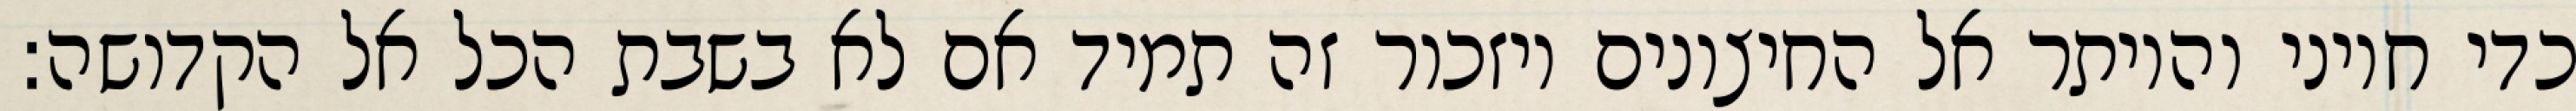
כדי חיוני והיותר אל החיצונים ויזכור זה תמיד אם לא בשבת הכל אל הקדושה: